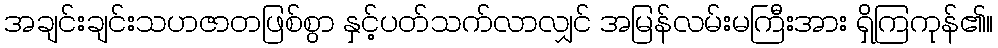
အချင်းချင်းသဟဇာတဖြစ်စွာ နှင့်ပတ်သက်လာလျှင် အမြန်လမ်းမကြီးအား ရှိကြကုန်၏။